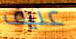
عنيف